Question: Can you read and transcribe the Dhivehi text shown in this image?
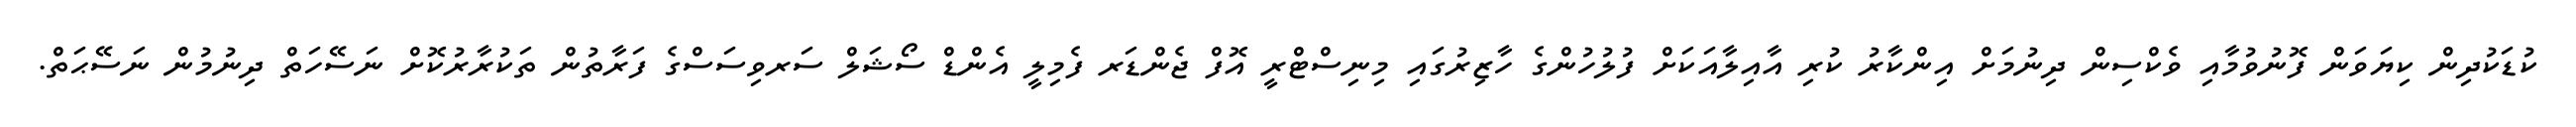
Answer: ކުޑަކުދިން ކިޔަވަން ފޮނުވުމާއި ވެކްސިން ދިނުމަށް އިންކާރު ކުރި އާއިލާއަކަށް ފުލުހުންގެ ހާޒިރުގައި މިނިސްޓްރީ އޮފް ޖެންޑަރ ފެމިލީ އެންޑް ސޯޝަލް ސަރވިސަސްގެ ފަރާތުން ތަކުރާރުކޮށް ނަސޭހަތް ދިނުމުން ނަސޭޙަތް.